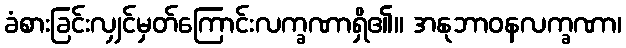
ခံစားခြင်းလျှင်မှတ်ကြောင်းလက္ခဏာရှိ၏။ အနုဘာဝနလက္ခဏာ၊